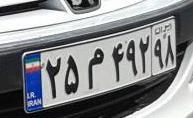
۲۵م۴۹۲۹۸